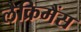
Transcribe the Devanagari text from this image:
लैक्रिमैंस